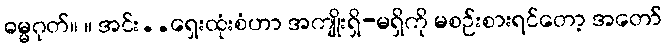
ဓမ္မဂုတ်။ ။ အင်း..ရှေးထုံးစံဟာ အကျိုးရှိ-မရှိကို မစဉ်းစားရင်တော့ အတော်